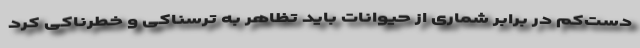
دست‌کم در برابر شماری از حیوانات باید تظاهر به ترسناکی و خطرناکی کرد